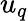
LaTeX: u_{q}